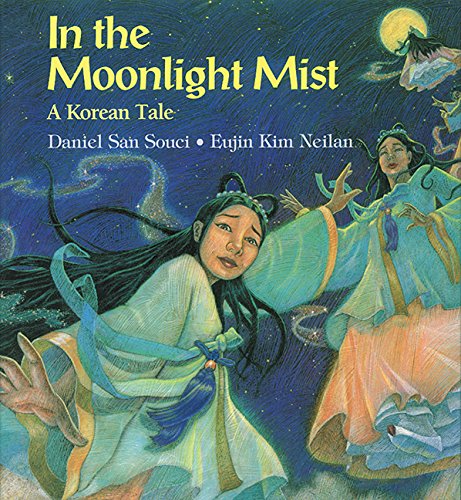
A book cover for In the Moonlight Mist; Daniel San Souci; Children's Books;